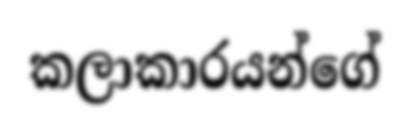
කලාකාරයන්ගේ